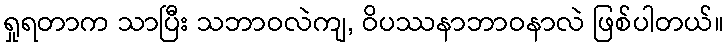
ရှုရတာက သာပြီး သဘာဝလဲကျ, ဝိပဿနာဘာဝနာလဲ ဖြစ်ပါတယ်။